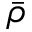
\bar { \rho }